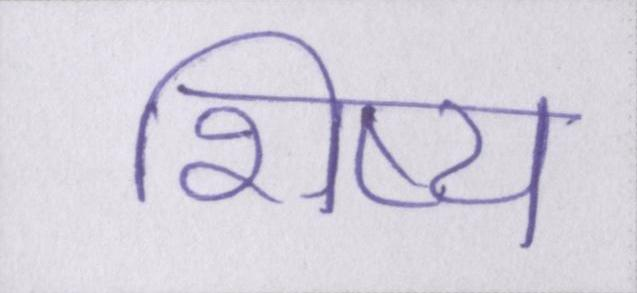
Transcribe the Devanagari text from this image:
शिष्य